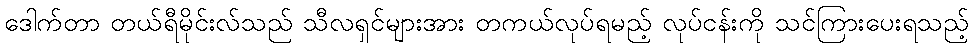
ဒေါက်တာ တယ်ရီမိုင်းလ်သည် သီလရှင်များအား တကယ်လုပ်ရမည့် လုပ်ငန်းကို သင်ကြားပေးရသည့်